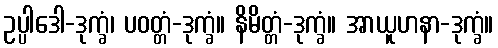
ဥပ္ပါဒေါ-ဒုက္ခံ၊ ပဝတ္တံ-ဒုက္ခံ။ နိမိတ္တံ-ဒုက္ခံ။ အာယူဟနာ-ဒုက္ခံ။